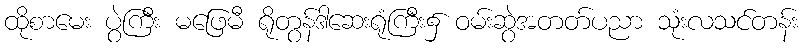
ထိုစာမေး ပွဲကြီး မဖြေမီ ရိုတွန်ဒါဆေးရုံကြီး၌ ဝမ်းဆွဲအတတ်ပညာ သုံးလသင်တန်း